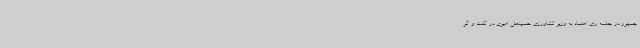
جمهور در جلسه رای اعتماد به وزیر کشاورزی حسینعلی امیری در گفت و گو